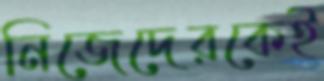
নিজেদেরকেই